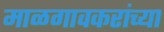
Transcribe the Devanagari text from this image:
माळगावकरांच्या